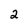
Character: 2